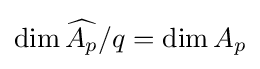
\dim {\widehat {A_{p}}}/q=\dim A_{p}